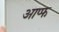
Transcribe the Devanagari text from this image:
आप्फ